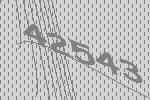
42543